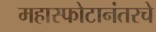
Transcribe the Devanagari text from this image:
महास्फोटानंतरचे